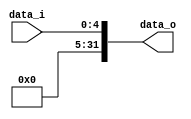
//Subject:     CO project 1 - Sign extend
//--------------------------------------------------------------------------------
//Version:     1
//--------------------------------------------------------------------------------
//Writer:      
//----------------------------------------------
//Date:        
//----------------------------------------------
//Description: 
//--------------------------------------------------------------------------------

module Sign_Extend_shat(
    data_i,
    data_o
    );
               
//I/O ports
input   [5-1:0] data_i;
output  [32-1:0] data_o;

//Internal Signals
reg     [32-1:0] data_o;

//Sign extended
    always@(data_i)

begin
	data_o[4:0]  <= data_i[4:0];
	data_o[31:5] <= {27{1'b0}};
end      
endmodule